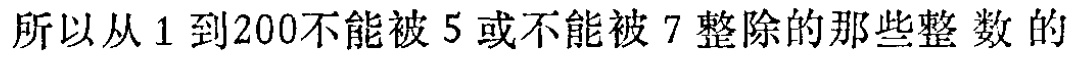
所以从1到200不能被5或不能被7整除的那些整数的